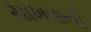
ચાખવાની